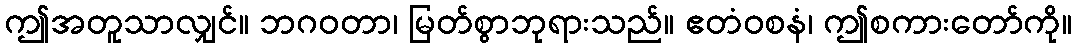
ဤအတူသာလျှင်။ ဘဂဝတာ၊ မြတ်စွာဘုရားသည်။ ဧတံဝစနံ၊ ဤစကားတော်ကို။